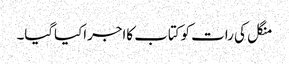
منگل کی رات کوکتاب کااجراکیاگیا۔